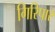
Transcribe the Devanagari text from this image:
गिरिपार